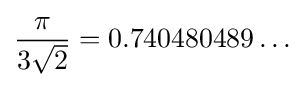
{\frac {\pi }{3{\sqrt {2}}}}=0.740480489\ldots